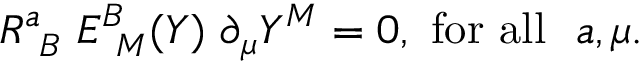
R _ { ~ B } ^ { a } ~ E _ { ~ M } ^ { B } ( Y ) ~ \partial _ { \mu } Y ^ { M } = 0 , ~ \mathrm { f o r ~ a l l ~ } ~ a , \mu .